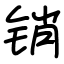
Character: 销